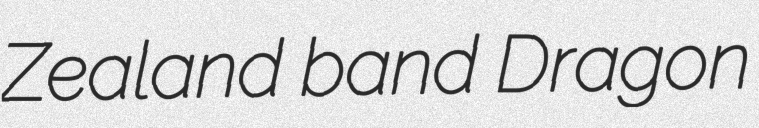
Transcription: Zealand band Dragon